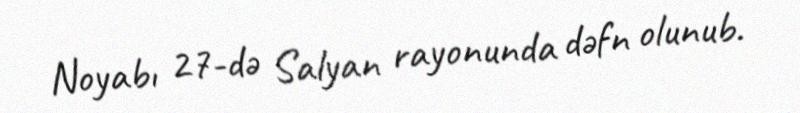
Noyabı 27-də Salyan rayonunda dəfn olunub.